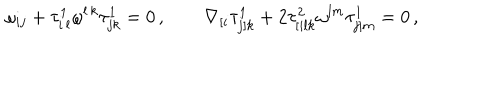
\omega _ { i j } + \tau _ { i \, l } ^ { 1 } \omega ^ { l \, k } \tau _ { j k } ^ { 1 } = 0 \, , \qquad \nabla _ { [ i } \tau _ { j ] k } ^ { 1 } + 2 \tau _ { [ i l k } ^ { 2 } \omega ^ { l m } \tau _ { j ] m } ^ { 1 } = 0 \, ,